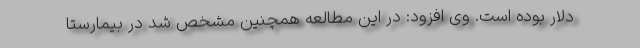
دلار بوده است. وی افزود: در این مطالعه همچنین مشخص شد در بیمارستا